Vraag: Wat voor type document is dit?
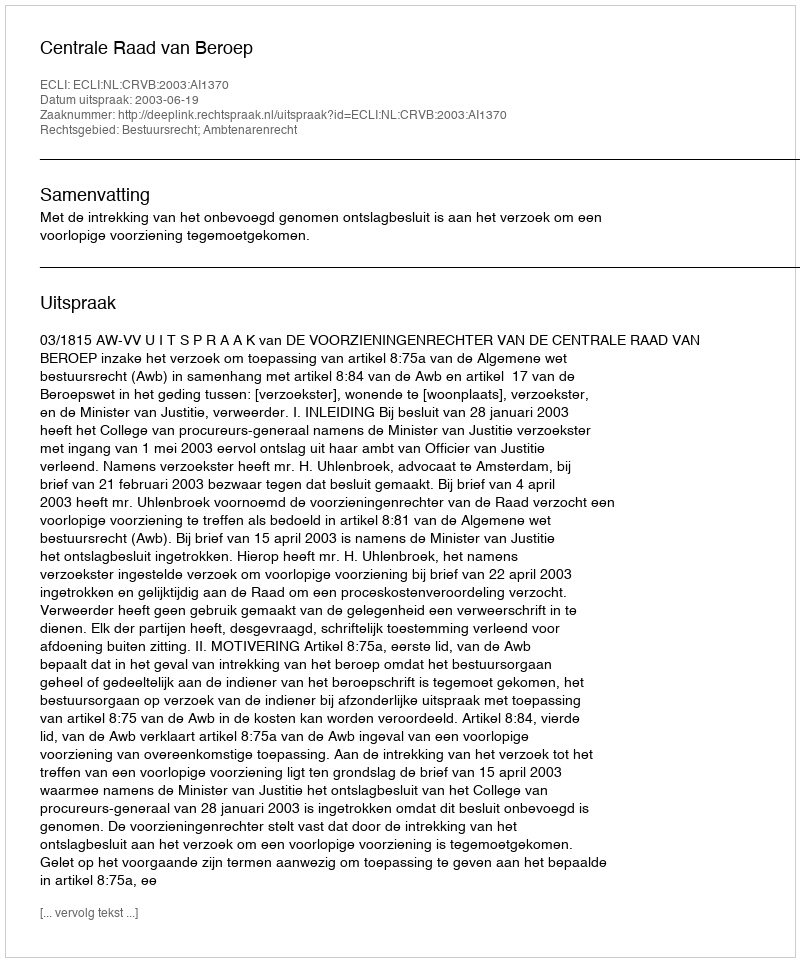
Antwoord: Uitspraak